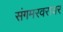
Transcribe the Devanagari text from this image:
संगमरवरावर